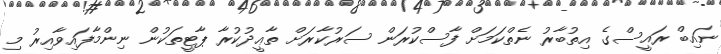
ނައިބް ރައީސްގެ އިތުބާރު ނެތްކަމަށް ފާސްކުރަން ސަރުކާރަށް ތާޢީދުކުރާ ޕާޓީތަކުން ނިންމާފައިވާއިރު މި